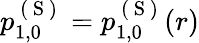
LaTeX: p_{1,0}^{\mathrm{~(~S~)~}}=p_{1,0}^{\mathrm{~(~S~)~}}(r)